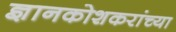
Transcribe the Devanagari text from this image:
ज्ञानकोशकरांच्या